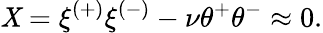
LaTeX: {\cal\mathit{X}}=\xi^{(+)}\xi^{(-)}-\nu\theta^{+}\theta^{-}\approx0.